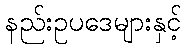
နည်းဥပဒေများနှင့်